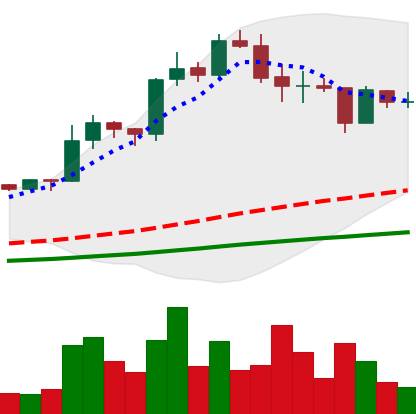
Ticker: LINK-USD
Chart end date: 2020-08-24
Forward return: 9.113%
Label: up_7plus